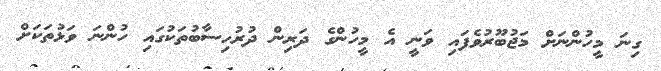
ގިނަ މީހުންނަށް މަޖުބޫރުވެފައި ވަނީ އެ މީހުންގެ ދަރިން ދުރުހިސާބުތަކުގައި ހުންނަ ވަޅުތަކަށް